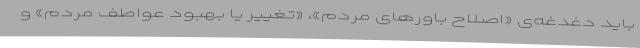
باید دغدغه‌ی «اصلاح باورهای مردم»، «تغییر یا بهبود عواطف مردم» و